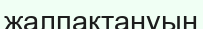
жалпақтануын